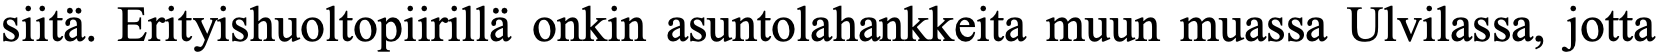
siitä. Erityishuoltopiirillä onkin asuntolahankkeita muun muassa Ulvilassa, jotta